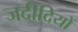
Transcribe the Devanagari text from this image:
जदीदियों